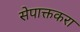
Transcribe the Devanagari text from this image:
सेपाक्तकरा